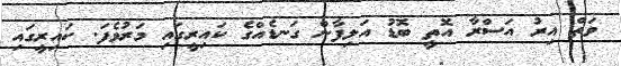
ވަތް އިރު އަސްރާ އޮތީ ބޮޑު އަލިފާން ގަނޑެއްގެ ކައިރީގައި މަރުވެފަ. ކައިރީގައި